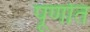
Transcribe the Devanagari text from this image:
पूर्णात